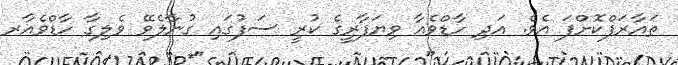
ތައާރަފްކޮށްފަ އެވެ. އަދި ހާޑްވެއާ ވިޔަފާރީގެ ކުރީ ސަފުގައި ގުނާލެވޭ ވެލިގާ ހާޑްވެއާރ